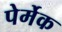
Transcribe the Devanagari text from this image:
पेर्मेक